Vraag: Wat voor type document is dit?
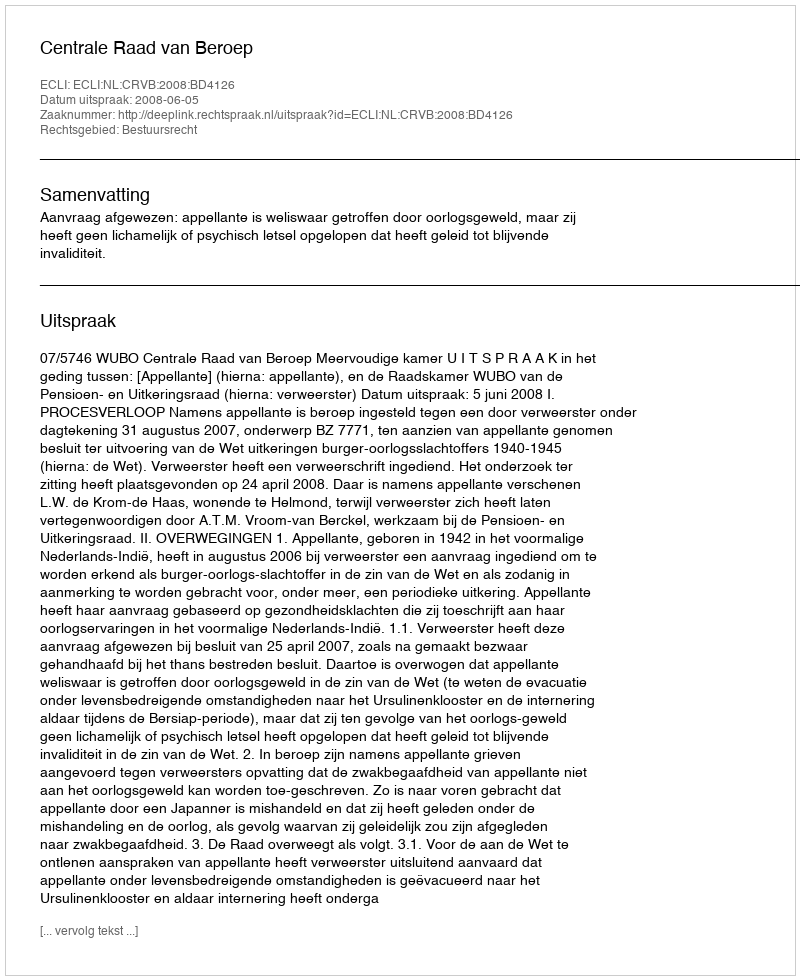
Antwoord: Uitspraak